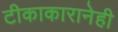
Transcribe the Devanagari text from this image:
टीकाकारानेही